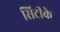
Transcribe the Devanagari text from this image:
सिटीके